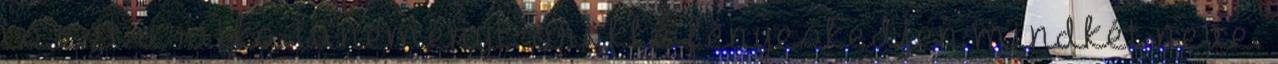
is ezt a ritka tüneményt: örökké fényeskedjen mindkét neve.